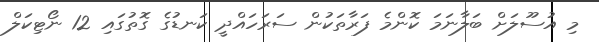
މި އުސޫލަށް ބަލާނަމަ ކޮންމެ ފަރާތަކުން ސަރަހައްދީ ކަނޑުގެ ގޮތުގައި 12 ނޯޓިކަލް